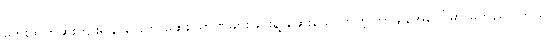
ဘေးထွက်ဆိုးကျိုးရနိုင်ခြေက ဆေးပမာဏများခြင်းနဲ့ ဆေးသောက်တဲ့ကြာချိန်အပေါ်မှာ မူတည်ပါတယ်။